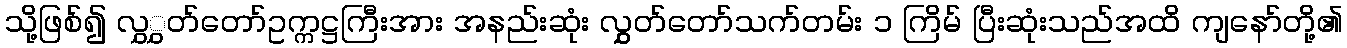
သို့ဖြစ်၍ လွှွှတ်တော်ဥက္ကဋ္ဌကြီးအား အနည်းဆုံး လွှွှတ်တော်သက်တမ်း ၁ ကြိမ် ပြီးဆုံးသည်အထိ ကျနော်တို့၏